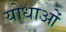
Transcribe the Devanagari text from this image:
योधाओं